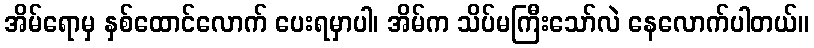
အိမ်ရောမှ နှစ်ထောင်လောက် ပေးရမှာပါ၊ အိမ်က သိပ်မကြီးသော်လဲ နေလောက်ပါတယ်။